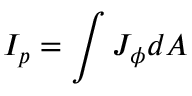
I _ { p } = \int J _ { \phi } d A